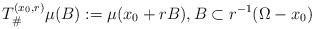
LaTeX: \begin{align*}T^{(x_0,r)}_\# \mu(B) := \mu(x_0+rB ), B \subset r^{-1}(\Omega-x_0) \;\end{align*}